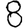
Digit: 8